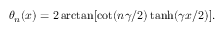
\theta _ { n } ( x ) = 2 \arctan [ \cot ( n \gamma / 2 ) \operatorname { t a n h } ( \gamma x / 2 ) ] .